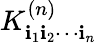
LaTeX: {K}_{\mathbf{i}_{1}\mathbf{i}_{2}\cdots\mathbf{i}_{n}}^{(n)}